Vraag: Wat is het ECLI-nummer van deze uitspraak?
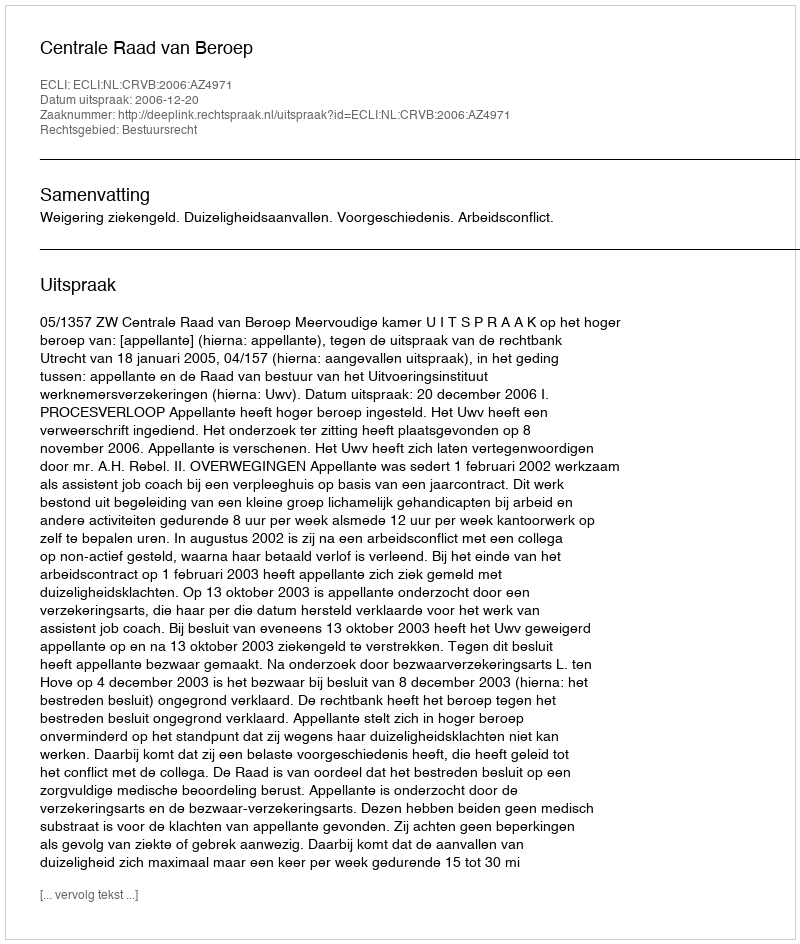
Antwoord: ECLI:NL:CRVB:2006:AZ4971